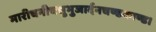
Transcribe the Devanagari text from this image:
मारीचनीचसुभुजार्दनचण्डकाण्ड।